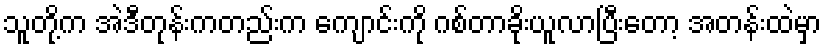
သူတို့က အဲဒီတုန်းကတည်းက ကျောင်းကို ဂစ်တာခိုးယူလာပြီးတော့ အတန်းထဲမှာ